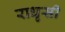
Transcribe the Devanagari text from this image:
राधृसी